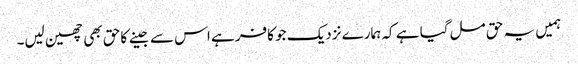
ہمیں یہ حق مل گیا ہے کہ ہمارے نزدیک جو کافر ہے اس سے جینے کاحق بھی چھین لیں۔